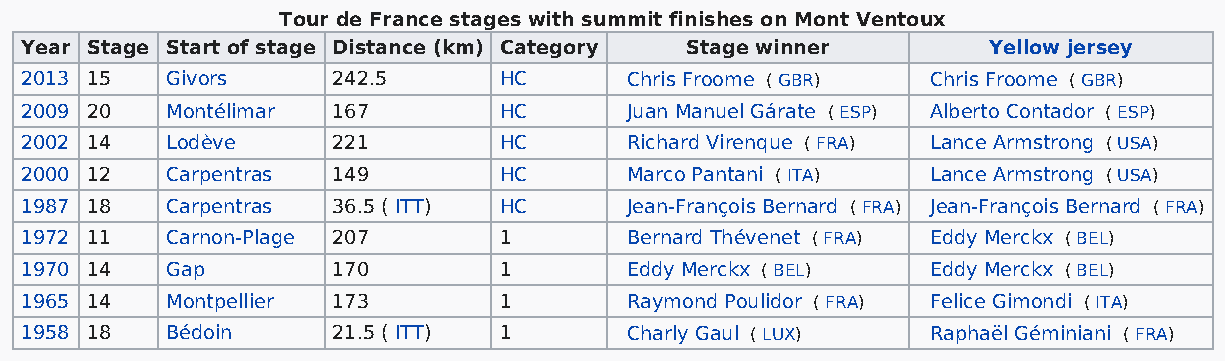
Tour de France stages with summit finishes on Mont Ventoux
 Year Stage Start of stage Distance (km) Category Stage winner   Yellow jersey
 2013 15   Givors     242.5      HC      Chris Froome ( GBR)  Chris Froome ( GBR)
 2009 20   Montélimar 167        HC      Juan Manuel Gárate ( ESP) Alberto Contador ( ESP)
 2002 14   Lodève     221        HC      Richard Virenque ( FRA) Lance Armstrong ( USA)
 2000 12   Carpentras 149        HC      Marco Pantani ( ITA) Lance Armstrong ( USA)
 1987 18   Carpentras 36.5 ( ITT) HC     Jean-François Bernard ( FRA) Jean-François Bernard ( FRA)
 1972 11   Carnon-Plage 207      1       Bernard Thévenet ( FRA) Eddy Merckx ( BEL)
 1970 14   Gap        170        1       Eddy Merckx ( BEL)   Eddy Merckx ( BEL)
 1965 14   Montpellier 173       1       Raymond Poulidor ( FRA) Felice Gimondi ( ITA)
 1958 18   Bédoin     21.5 ( ITT) 1      Charly Gaul ( LUX)   Raphaël Géminiani ( FRA)